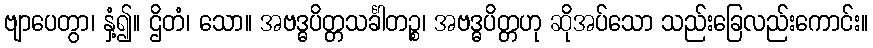
ဗျာပေတွာ၊ နှံ့၍။ ဌိတံ၊ သော။ အဗဒ္ဓပိတ္တသင်္ခါတဉ္စ၊ အဗဒ္ဓပိတ္တဟု ဆိုအပ်သော သည်းခြေလည်းကောင်း။